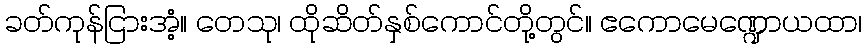
ခတ်ကုန်ငြားအံ့။ တေသု၊ ထိုဆိတ်နှစ်ကောင်တို့တွင်။ ဧကောမေဏ္ဍောယထာ၊